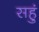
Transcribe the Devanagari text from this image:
सहुं